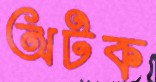
অটক